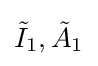
{\tilde {I}}_{1},{\tilde {A}}_{1}